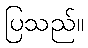
ပြသည်။